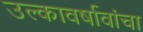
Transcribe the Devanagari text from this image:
उल्कावर्षावांचा